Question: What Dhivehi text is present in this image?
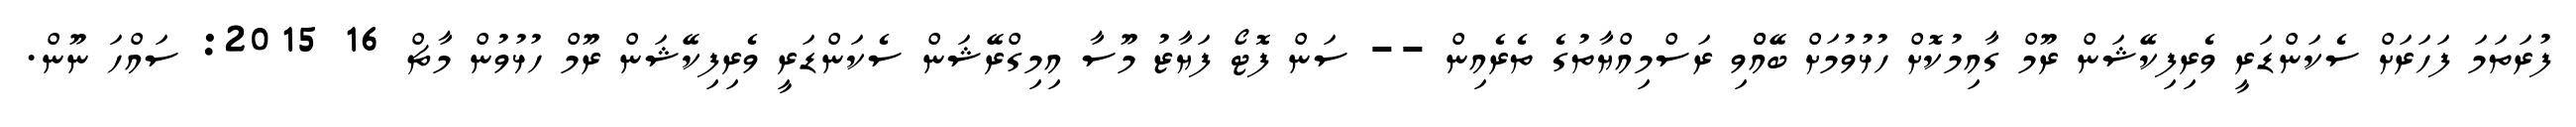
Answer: ފުރަތަމަ ފަހަރަށް ސެކަންޑަރީ ވެރިފިކޭޝަން ރޫމް ގާއިމުކޮށް ހުޅުވުމަށް ބޭއްްވި ރަސްމިއްޔާތުގެ ތެރެއިން -- ސަން ފޮޓޯ ފަޔާޒު މޫސާ އިމިގްރޭޝަން ސެކަންޑަރީ ވެރިފިކޭޝަން ރޫމް ހުޅުވުން މާޗް 16 2015: ސައްހަ ނޫން.